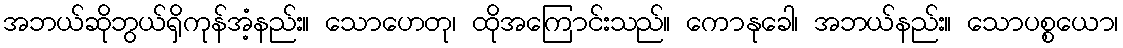
အဘယ်ဆိုဘွယ်ရှိကုန်အံ့နည်း။ သောဟေတု၊ ထိုအကြောင်းသည်။ ကောနုခေါ၊ အဘယ်နည်း။ သောပစ္စယော၊